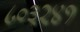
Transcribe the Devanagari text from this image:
८०३२४१